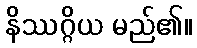
နိဿဂ္ဂိယ မည်၏။